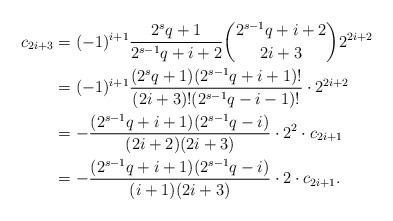
LaTeX: \begin{align*}c_{2i+3}&=(-1)^{i+1}\frac{2^{s}q+1}{ 2^{s-1}q+i+2}{2^{s-1}q+i+2 \choose2i+3}2^{2i+2}\\ &=(-1)^{i+1}\frac{(2^{s}q+1)(2^{s-1}q+i+1)!}{(2i+3)!(2^{s-1}q-i-1)!}\cdot 2^{2i+2} \\ &= -\frac{(2^{s-1}q+i+1)(2^{s-1}q-i)}{(2i+2)(2i+3)} \cdot 2^{2}\cdot c_{2i+1}\\ &= -\frac{(2^{s-1}q+i+1)(2^{s-1}q-i)}{(i+1)(2i+3)} \cdot 2\cdot c_{2i+1}.\end{align*}